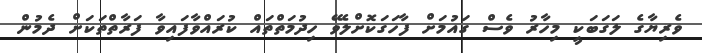
ވެރިޔާގެ ލަގަބަކީ މިހާރު ވެސް ގައުމަށް ފާހަގަކޮށްލެވޭ ހިދުމަތްތައް ކުރައްވާފައިވާ ފަރާތްތަކަށް ދެމުން